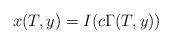
LaTeX: \begin{align*} x(T,y)=I(c\Gamma(T,y))\end{align*}